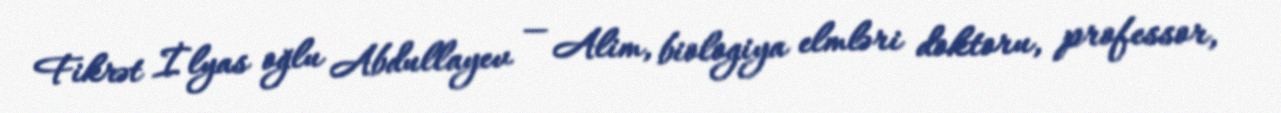
Fikrət İlyas oğlu Abdullayev — Alim, biologiya elmləri doktoru, professor,